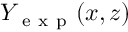
Y _ { \mathrm { ~ e ~ x ~ p ~ } } ( x , z )